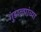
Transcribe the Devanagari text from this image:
गुंडाळ्यांच्या